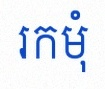
រកមុំ